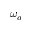
\omega _ { a }